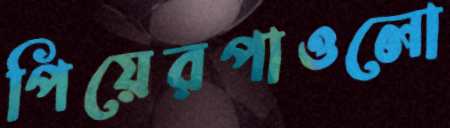
পিয়েরপাওলো